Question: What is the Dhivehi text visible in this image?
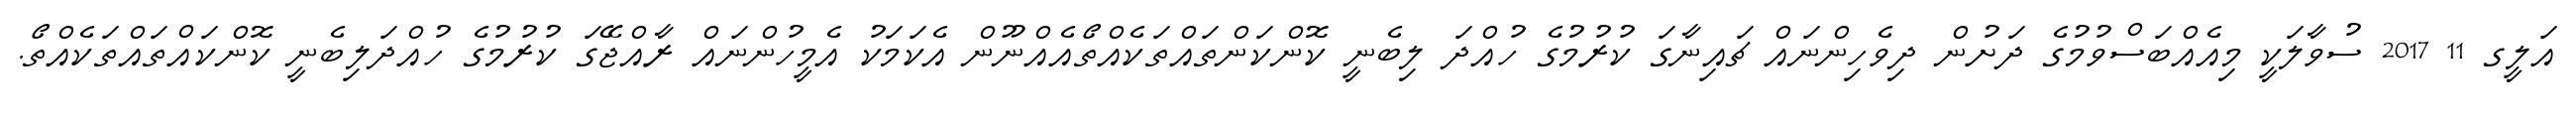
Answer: އަލީގ 11 2017 ސުވާލަކީ މިއެއްބަސްވުމުގެ ދަށުން ދިވެހިންނައް ޗައިނާގަ ކުރުމުގެ ހުއްދަ ލިބެނީ ކޮންކަންތައްތަކެއްތޯއެއްނޫން އެކަމަކު އެމީހުންނައް ރާއްޖޭގަ ކުރުމުގެ ހުއްދަލިބެނީ ކޮންކައްތައްތަކެއްތޯ.